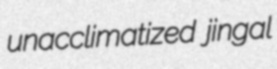
unacclimatized jingal